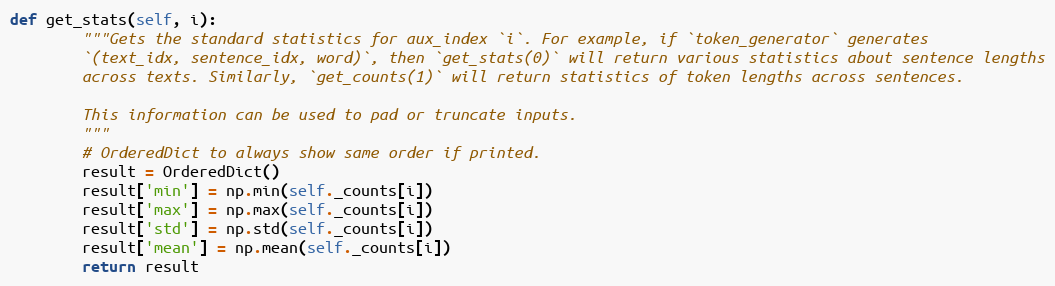
Language: Python
def get_stats(self, i):
        """Gets the standard statistics for aux_index `i`. For example, if `token_generator` generates
        `(text_idx, sentence_idx, word)`, then `get_stats(0)` will return various statistics about sentence lengths
        across texts. Similarly, `get_counts(1)` will return statistics of token lengths across sentences.

        This information can be used to pad or truncate inputs.
        """
        # OrderedDict to always show same order if printed.
        result = OrderedDict()
        result['min'] = np.min(self._counts[i])
        result['max'] = np.max(self._counts[i])
        result['std'] = np.std(self._counts[i])
        result['mean'] = np.mean(self._counts[i])
        return result